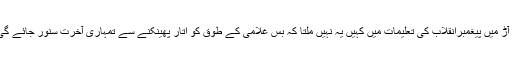
آزادی کی آڑ میں پیغمبرِانقلاب کی تعلیمات میں کہیں یہ نہیں ملتا کہ بس غلامی کے طوق کو اتار پھینکنے سے تمہاری آخرت سنور جائے گی اور بس!